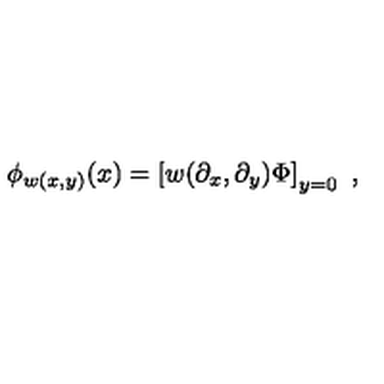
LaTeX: \phi _ { w ( x , y ) } ( x ) = \left[ w ( \partial _ { x } , \partial _ { y } ) \Phi \right] _ { y = 0 } \ ,